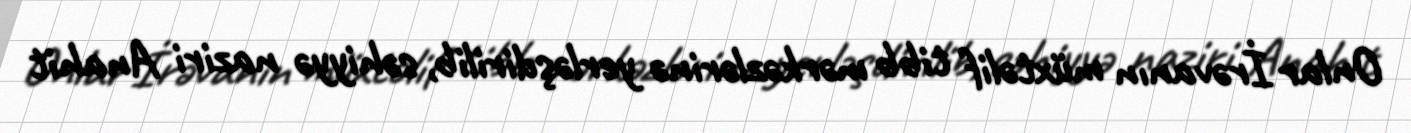
Onlar İrəvanın müxtəlif tibb mərkəzlərinə yerləşdirilib, səhiyyə naziri Anahit